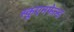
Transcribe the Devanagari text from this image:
स्कूएनफेल्ड